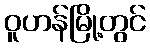
ဝူဟန်မြို့တွင်